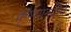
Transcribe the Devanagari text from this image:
कृष्णानदीचे